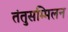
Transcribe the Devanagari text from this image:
तंतुसम्मिलन